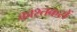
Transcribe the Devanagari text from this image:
काश्तकरों